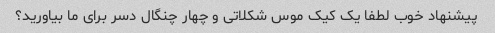
پیشنهاد خوب لطفا یک کیک موس شکلاتی و چهار چنگال دسر برای ما بیاورید؟